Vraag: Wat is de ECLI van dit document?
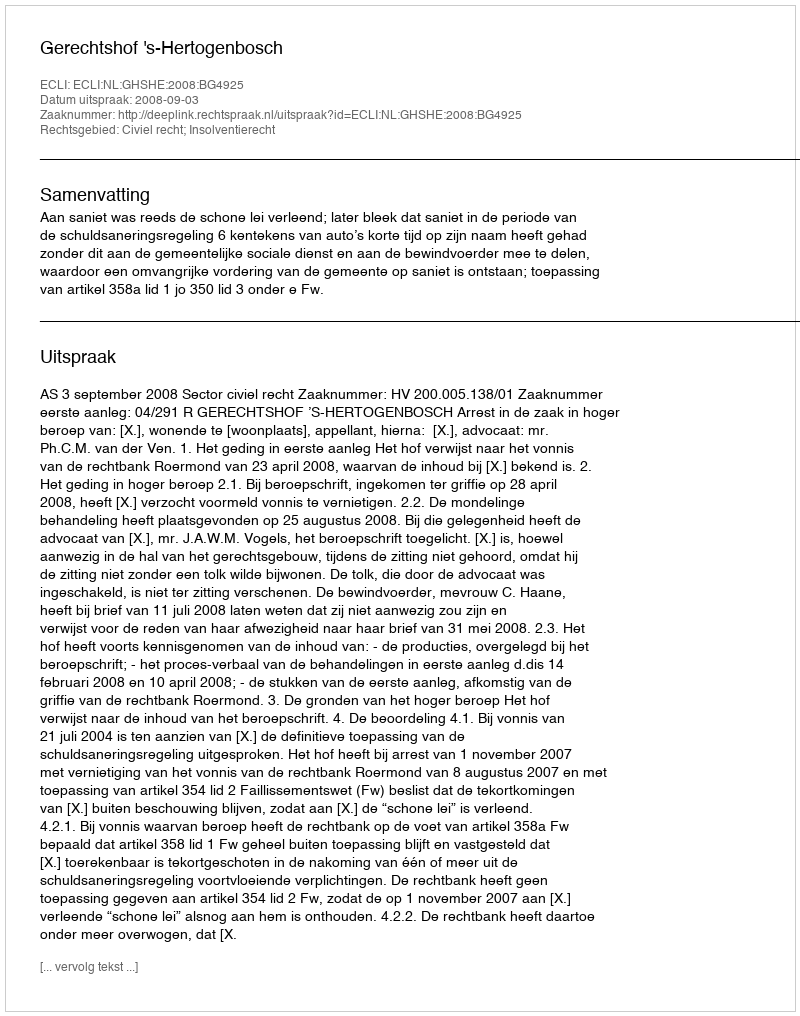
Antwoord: ECLI:NL:GHSHE:2008:BG4925